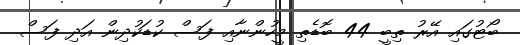
ބޯޓުގައި އޭރު ތިބީ 44 ބޮޑެތި މީހުންނާއި ފަސް ކުޑަކުދިން އަދި ފަސް